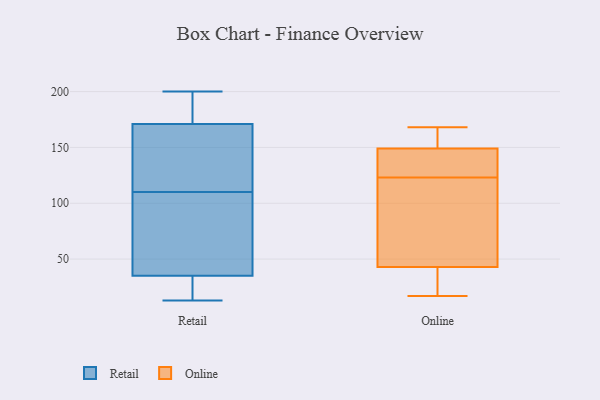
{"axis": {"x": "Waste Production (Tons)", "y": "Value"}, "legend": ["Online", "Retail"], "data": [{"x": "", "y": 38, "type": "Retail"}, {"x": "", "y": 13, "type": "Retail"}, {"x": "", "y": 152, "type": "Retail"}, {"x": "", "y": 132, "type": "Retail"}, {"x": "", "y": 50, "type": "Retail"}, {"x": "", "y": 200, "type": "Retail"}, {"x": "", "y": 104, "type": "Retail"}, {"x": "", "y": 192, "type": "Retail"}, {"x": "", "y": 32, "type": "Retail"}, {"x": "", "y": 190, "type": "Retail"}, {"x": "", "y": 27, "type": "Retail"}, {"x": "", "y": 116, "type": "Retail"}, {"x": "", "y": 135, "type": "Online"}, {"x": "", "y": 128, "type": "Online"}, {"x": "", "y": 168, "type": "Online"}, {"x": "", "y": 71, "type": "Online"}, {"x": "", "y": 149, "type": "Online"}, {"x": "", "y": 152, "type": "Online"}, {"x": "", "y": 17, "type": "Online"}, {"x": "", "y": 37, "type": "Online"}, {"x": "", "y": 43, "type": "Online"}, {"x": "", "y": 118, "type": "Online"}]}